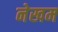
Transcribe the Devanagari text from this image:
नेखम